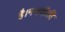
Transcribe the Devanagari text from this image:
है।नजदीकी